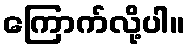
ကြောက်လို့ပါ။